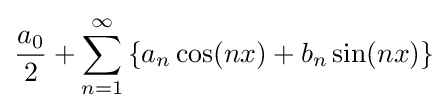
{\frac {a_{0}}{2}}+\sum _{n=1}^{\infty }\left\{a_{n}\cos(nx)+b_{n}\sin(nx)\right\}